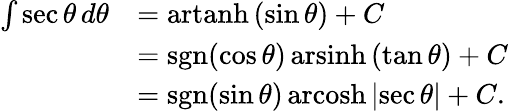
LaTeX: {\begin{array}{rl}{\int\sec\theta\, d\theta}&{=\operatorname{artanh}\left(\sin\theta\right)+C}\\ &{=\operatorname{sgn}(\cos\theta)\operatorname{arsinh}\left(\tan\theta\right)+C}\\ &{=\operatorname{sgn}(\sin\theta)\operatorname{arcosh}{\left|\sec\theta\right|}+C.}\end{array}}